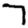
Digit: 7